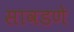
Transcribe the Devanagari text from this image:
सावडणे